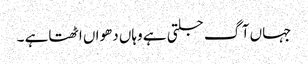
جہاں آگ جلتی ہے وہاں دھواں اٹھتاہے ۔